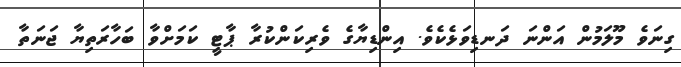
ގިނަވެ މޫލަމުން އަންނަ ދަނޑިވަޅެކެވެ. އިންޑިޔާގެ ވެރިކަންކުރާ ޕާޓީ ކަމަށްވާ ބަހާރަތިޔާ ޖަނަތާ